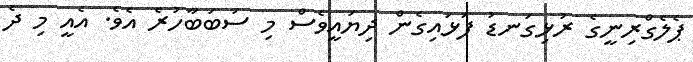
ޕެލެގްރިނީގެ ރުޅިގަނޑު ފަޅައިގެން ދިޔައީވެސް މި ސަބަބާހުރެ އެވެ. އެއީ މި ދެ